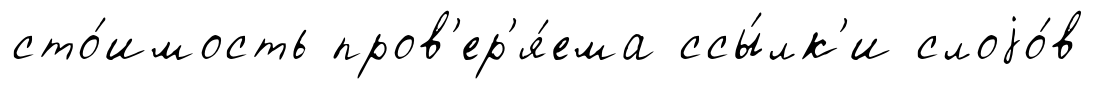
сто́имость пров'ер'я́ема ссы́лк'и слоjо́в